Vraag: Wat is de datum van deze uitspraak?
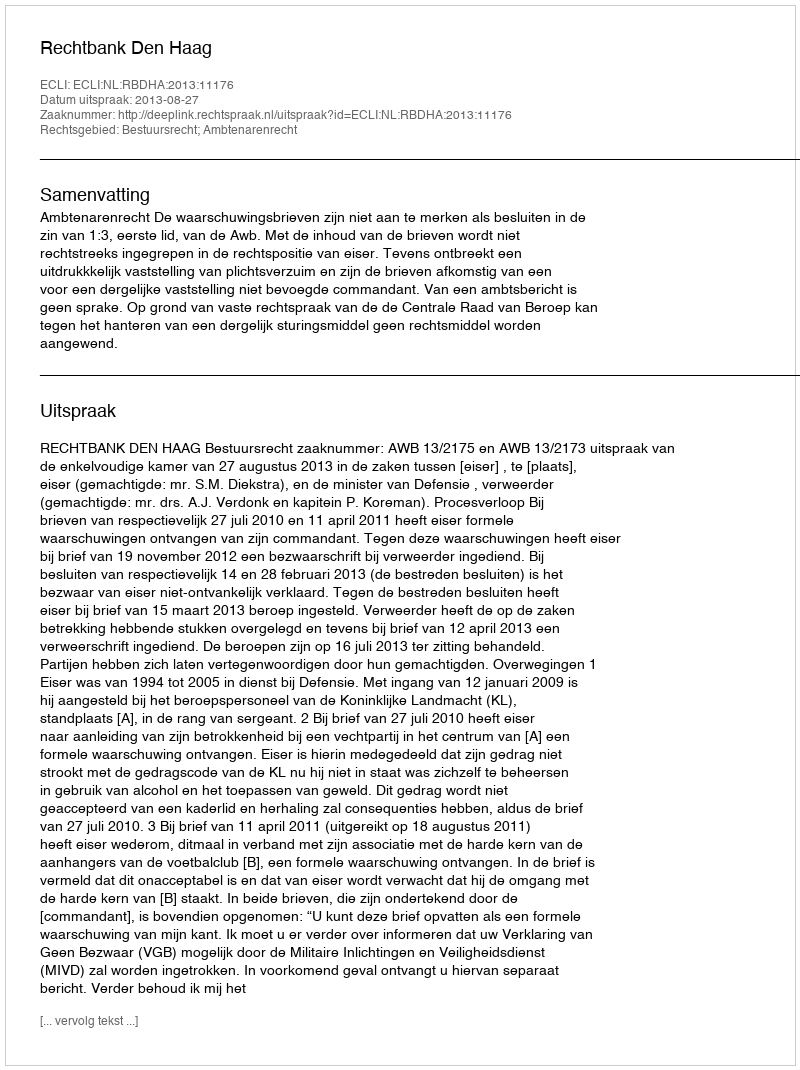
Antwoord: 2013-08-27